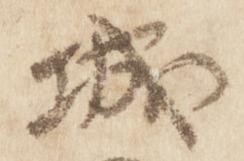
城